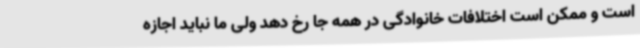
است و ممکن است اختلافات خانوادگی در همه جا رخ دهد ولی ما نباید اجازه